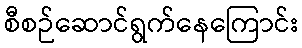
စီစဉ်ဆောင်ရွက်နေကြောင်း